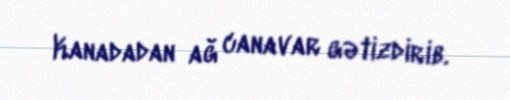
Kanadadan ağ canavar gətizdirib.